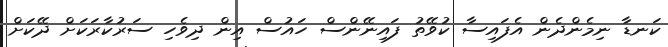
ކަނޑާ ނިމެންދެން އެފައިސާ ކުވޭތު ފައިނޭންސް ހައުސް އިން ދިވެހި ސަރުކާރަކަށް ދޭކަށް